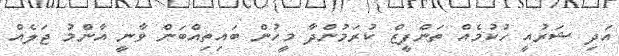
އަދި ޝަރުއީ ހުކުމެއް ތަންފީޒް ކުރަމުންދާ މީހުން ބައިތިއްބަން ވާނީ އާންމު ޖަލެއް